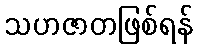
သဟဇာတဖြစ်ရန်